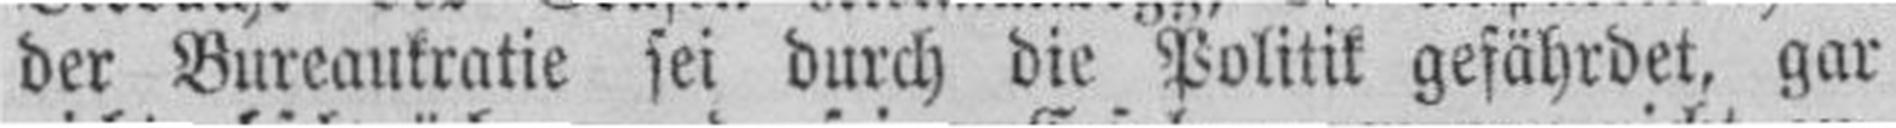
der Bureaukratie sei durch die Politik gefährdet, gar